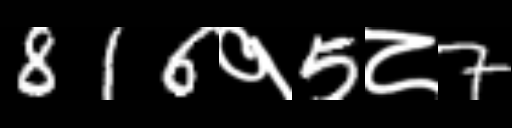
Text: 816१5८7